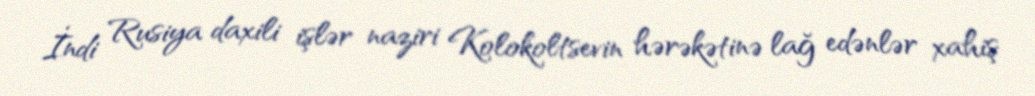
İndi Rusiya daxili işlər naziri Kolokoltsevin hərəkətinə lağ edənlər xahiş